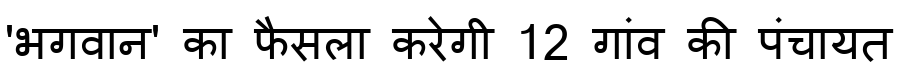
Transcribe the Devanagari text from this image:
'भगवान' का फैसला करेगी 12 गांव की पंचायत